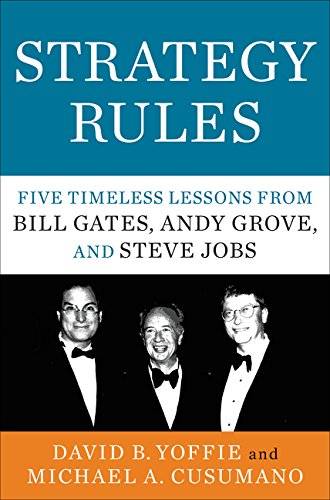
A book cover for Strategy Rules: Five Timeless Lessons from Bill Gates, Andy Grove, and Steve Jobs; David B. Yoffie; Computers & Technology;